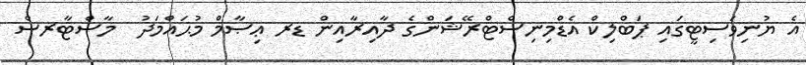
އެ ޔުނިވަސިޓީގައި ޕަބްލިކް އެޑްމިނިސްޓްރޭޝަންގެ ދާއިރާއިން ޑރ ޢިޞާމް މުޙައްމަދު  މާސްޓާރސް